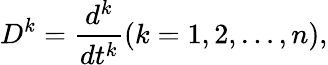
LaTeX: D^{k}={\frac{d^{k}}{dt^{k}}}(k=1,2,\ldots,n),